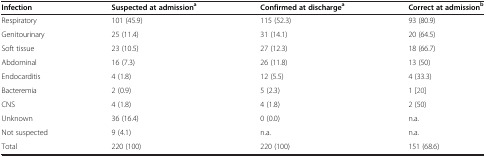
| Infection | Suspected at admissiona | Confirmed at dischargea | Correct at admissionb |
 | --- | --- | --- | --- |
 | Respiratory | 101 (45.9) | 115 (52.3) | 93 (80.9) |
 | Genitourinary | 25 (11.4) | 31 (14.1) | 20 (64.5) |
 | Soft tissue | 23 (10.5) | 27 (12.3) | 18 (66.7) |
 | Abdominal | 16 (7.3) | 26 (11.8) | 13 (50) |
 | Endocarditis | 4 (1.8) | 12 (5.5) | 4 (33.3) |
 | Bacteremia | 2 (0.9) | 5 (2.3) | 1 [20] |
 | CNS | 4 (1.8) | 4 (1.8) | 2 (50) |
 | Unknown | 36 (16.4) | 0 (0.0) | n.a. |
 | Not suspected | 9 (4.1) | n.a. | n.a. |
 | Total | 220 (100) | 220 (100) | 151 (68.6) |